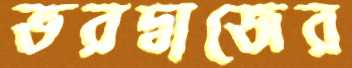
ভরদ্বাজের